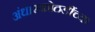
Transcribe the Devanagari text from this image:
अंधारकोठडींच्या